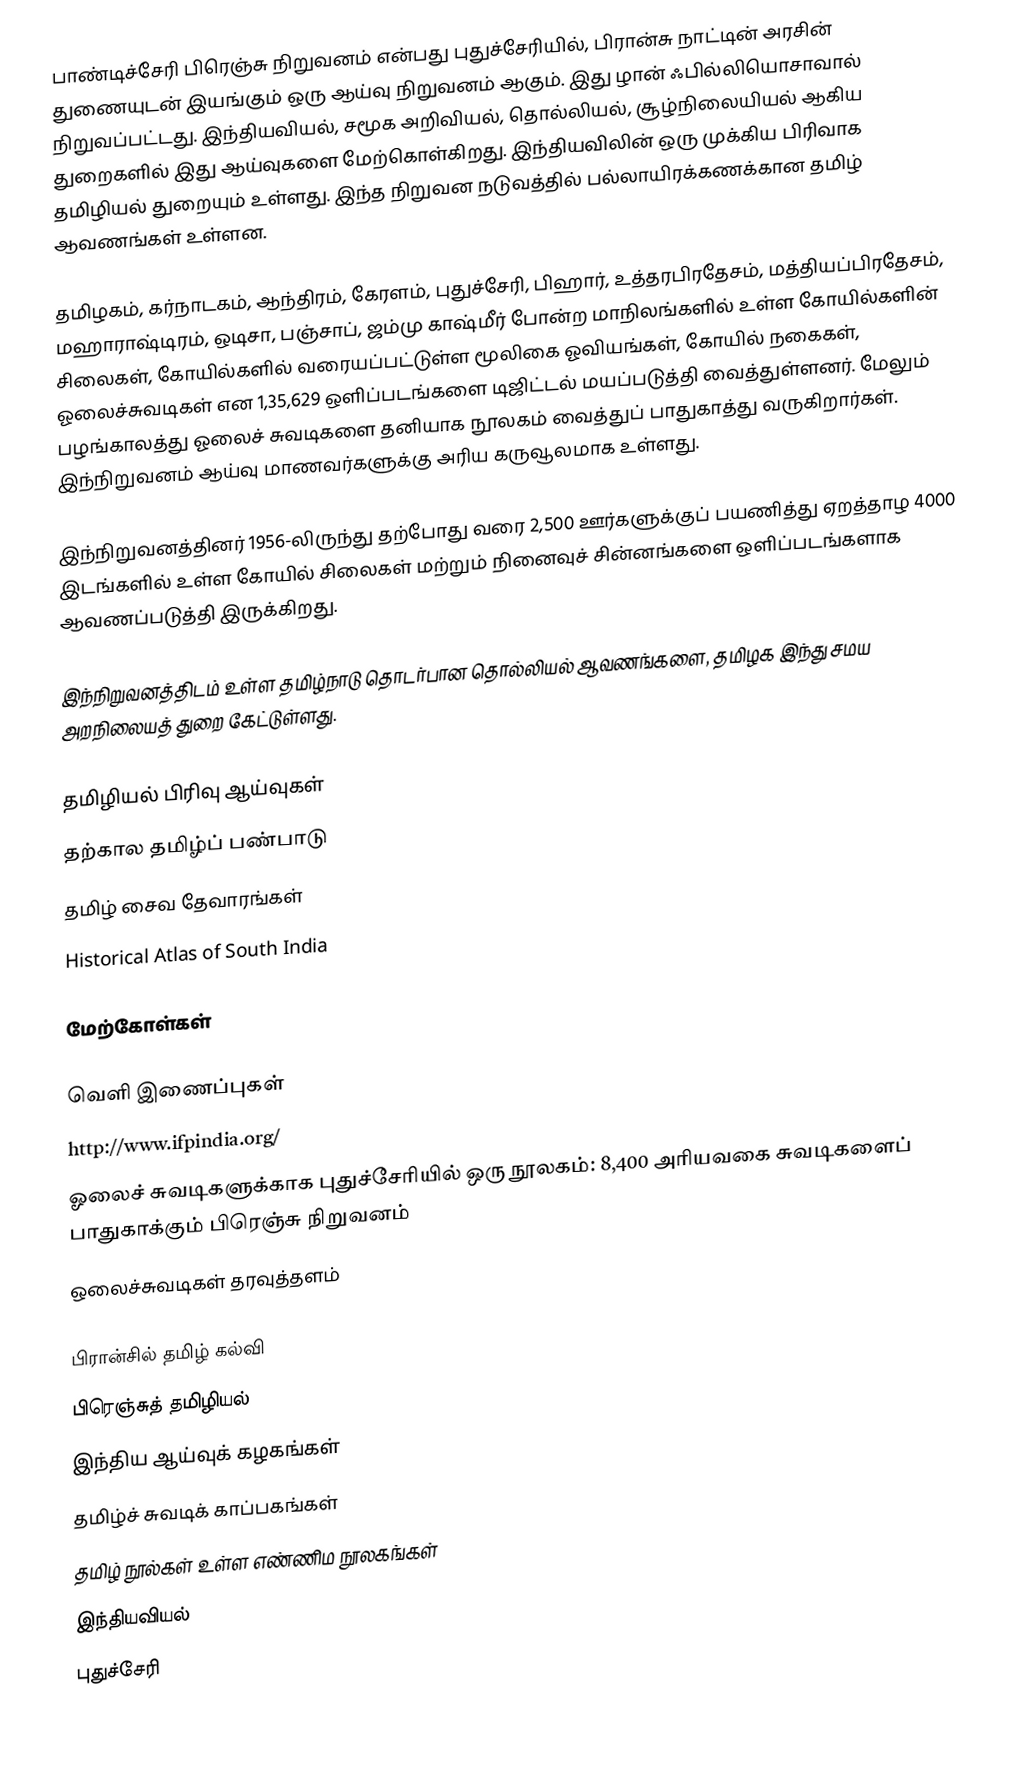
பாண்டிச்சேரி பிரெஞ்சு நிறுவனம் என்பது புதுச்சேரியில், பிரான்சு  நாட்டின் அரசின் துணையுடன் இயங்கும் ஒரு ஆய்வு நிறுவனம் ஆகும். இது  ழான் ஃபில்லியொசாவால் நிறுவப்பட்டது. இந்தியவியல், சமூக அறிவியல்,  தொல்லியல், சூழ்நிலையியல் ஆகிய துறைகளில் இது ஆய்வுகளை மேற்கொள்கிறது.  இந்தியவிலின் ஒரு முக்கிய பிரிவாக தமிழியல் துறையும் உள்ளது.  இந்த நிறுவன நடுவத்தில் பல்லாயிரக்கணக்கான தமிழ் ஆவணங்கள் உள்ளன.

தமிழகம், கர்நாடகம், ஆந்திரம், கேரளம், புதுச்சேரி, பிஹார், உத்தரபிரதேசம், மத்தியப்பிரதேசம், மஹாராஷ்டிரம், ஒடிசா, பஞ்சாப், ஜம்மு காஷ்மீர் போன்ற மாநிலங்களில் உள்ள  கோயில்களின் சிலைகள், கோயில்களில் வரையப்பட்டுள்ள மூலிகை ஓவியங்கள், கோயில் நகைகள், ஓலைச்சுவடிகள் என 1,35,629  ஒளிப்படங்களை  டிஜிட்டல் மயப்படுத்தி வைத்துள்ளனர். மேலும் பழங்காலத்து ஓலைச் சுவடிகளை தனியாக நூலகம் வைத்துப் பாதுகாத்து வருகிறார்கள். இந்நிறுவனம் ஆய்வு மாணவர்களுக்கு அரிய கருவூலமாக உள்ளது.

இந்நிறுவனத்தினர் 1956-லிருந்து தற்போது வரை 2,500 ஊர்களுக்குப் பயணித்து ஏறத்தாழ 4000 இடங்களில் உள்ள கோயில் சிலைகள் மற்றும் நினைவுச் சின்னங்களை ஒளிப்படங்களாக ஆவணப்படுத்தி இருக்கிறது.

இந்நிறுவனத்திடம் உள்ள  தமிழ்நாடு தொடர்பான தொல்லியல் ஆவணங்களை, தமிழக இந்து சமய அறநிலையத் துறை  கேட்டுள்ளது.

தமிழியல் பிரிவு ஆய்வுகள்
 தற்கால தமிழ்ப் பண்பாடு
 தமிழ் சைவ தேவாரங்கள்
 Historical Atlas of South India

மேற்கோள்கள்

வெளி இணைப்புகள்
 http://www.ifpindia.org/
 ஓலைச் சுவடிகளுக்காக புதுச்சேரியில் ஒரு நூலகம்: 8,400 அரியவகை சுவடிகளைப் பாதுகாக்கும் பிரெஞ்சு நிறுவனம்
 ஒலைச்சுவடிகள் தரவுத்தளம்

பிரான்சில் தமிழ் கல்வி
பிரெஞ்சுத் தமிழியல்
இந்திய ஆய்வுக் கழகங்கள்
தமிழ்ச் சுவடிக் காப்பகங்கள்
தமிழ் நூல்கள் உள்ள எண்ணிம நூலகங்கள்
இந்தியவியல்
புதுச்சேரி